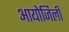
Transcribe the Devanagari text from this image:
आयोजिली